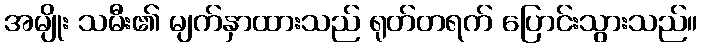
အမျိုး သမီး၏ မျက်နှာထားသည် ရုတ်တရက် ပြောင်းသွားသည်။